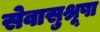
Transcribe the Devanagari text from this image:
सेवासुश्रूषा